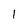
Character: 1